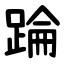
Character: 踚